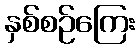
နှစ်စဉ်ကြေး